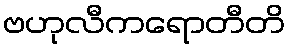
ဗဟုလီကရောတီတိ